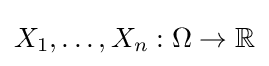
X_{1},\dots ,X_{n}:\Omega \to \mathbb {R}